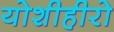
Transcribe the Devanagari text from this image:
योशीहीरो